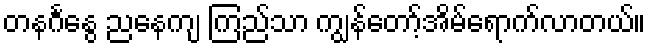
တနင်္ဂနွေ ညနေကျ ကြည်သာ ကျွန်တော့်အိမ်ရောက်လာတယ်။